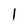
Character: l